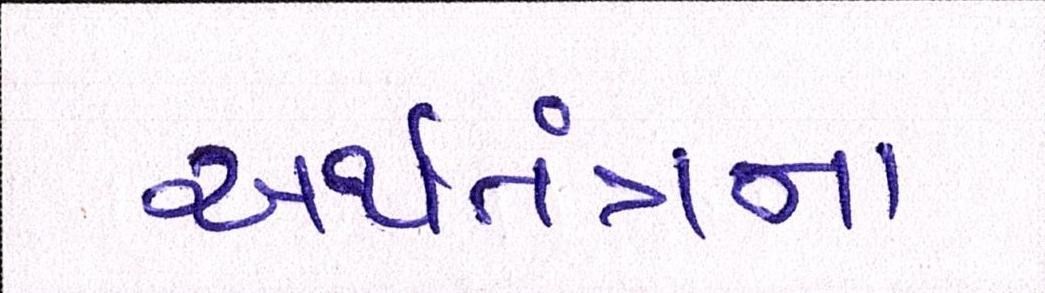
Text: અર્થતંત્રના